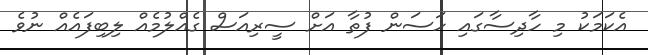
އެކަމަކު މި ހާދިސާގައި ހަސަން ފުތާ އަށް ސީރިއަސް ގެއްލުމެއް ލިބިފައެއް ނުވެ